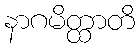
နာဂမိတ္ထာတိ